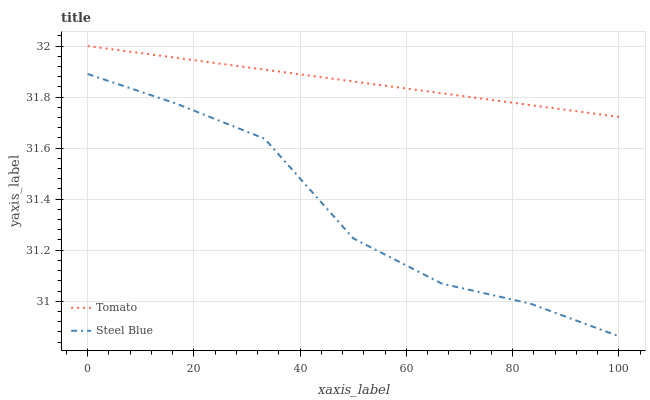
| xaxis_label | Tomato | Steel Blue |
 | --- | --- | --- |
 | 0 | 32 | 31.9 |
 | 16.7 | 32 | 31.8 |
 | 33.3 | 31.9 | 31.6 |
 | 50 | 31.9 | 31.2 |
 | 66.7 | 31.8 | 31.1 |
 | 83.3 | 31.8 | 31 |
 | 100 | 31.7 | 30.9 |